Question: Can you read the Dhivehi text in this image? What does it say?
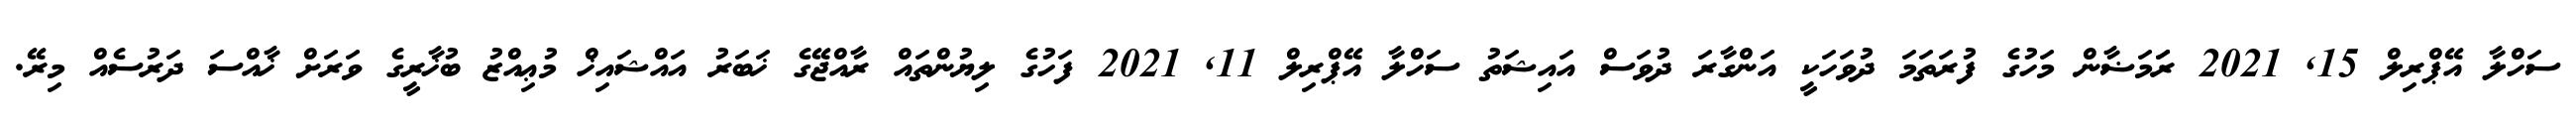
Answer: ސަހްލާ އޭޕްރިލް 15, 2021 ރަަމަޟާން މަހުގެ ފުރަތަމަ ދުވަހަކީ އަންގާރަ ދުވަސް އައިޝަތު ސަހްލާ އޭޕްރިލް 11, 2021 ފަހުގެ ލިޔުންތައް ރާއްޖޭގެ ޚަބަރު އައްޝައިޚް މުޢިއްޒު ބުޚާރީގެ ވަރަށް ޚާއްސަ ދަރުސެއް މިރޭ.